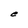
Character: e